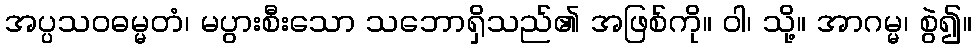
အပ္ပသဝဓမ္မတံ၊ မပွားစီးသော သဘောရှိသည်၏ အဖြစ်ကို။ ဝါ၊ သို့။ အာဂမ္မ၊ စွဲ၍။